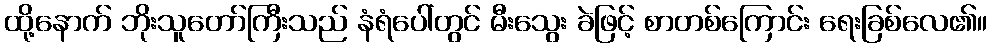
ထို့နောက် ဘိုးသူတော်ကြီးသည် နံရံပေါ်တွင် မီးသွေး ခဲဖြင့် စာတစ်ကြောင်း ရေးခြစ်လေ၏။